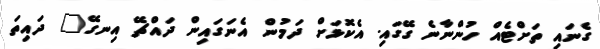
ގެނައި ތަށްޓެއް ހުންނާނެ ގޭގައި. އެކޮޅަށް ދަމުން އެނަގައިން ދައްޗޭ އިނގޭ" ދައިތަ